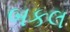
બકલ